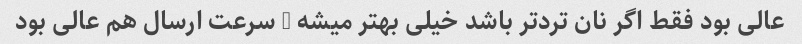
عالی بود فقط اگر نان ترد‌تر باشد خیلی بهتر میشه … سرعت ارسال هم عالی بود